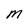
Character: M